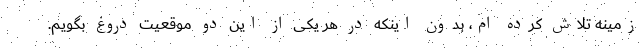
زمینه تلاش کرده‌ ام، بدون اینکه در هر یکی از این دو موقعیت دروغ بگویم.